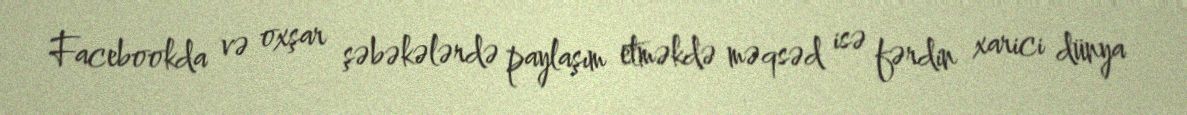
Facebookda və oxşar şəbəkələrdə paylaşım etməkdə məqsəd isə fərdin xarici dünya